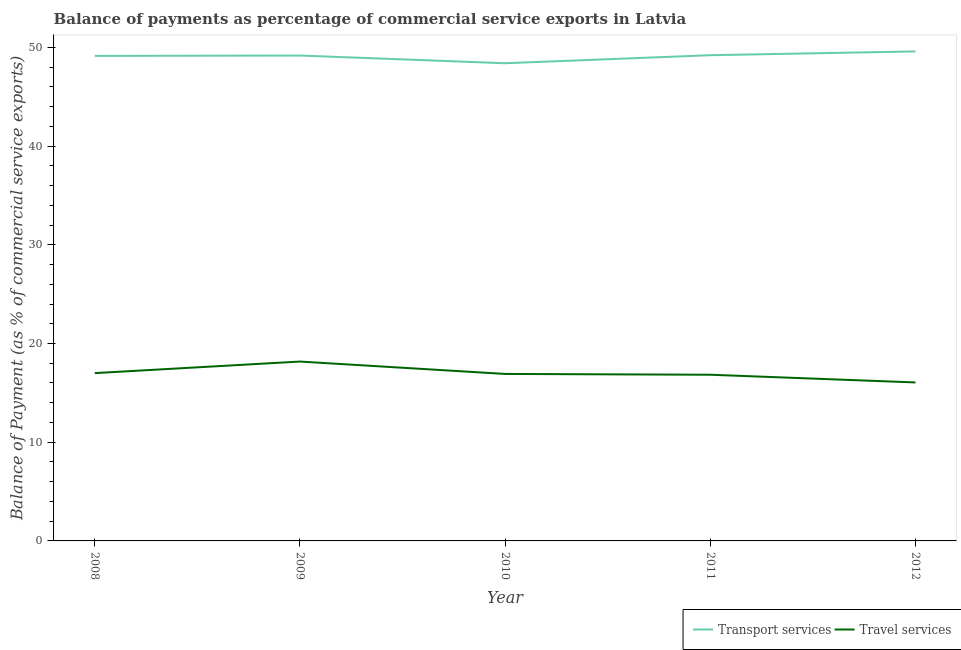
| Year | Transport services | Travel services |
 | --- | --- | --- |
 | 2008 | 49.1 | 17 |
 | 2009 | 49.2 | 18.2 |
 | 2010 | 48.4 | 16.9 |
 | 2011 | 49.2 | 16.8 |
 | 2012 | 49.6 | 16.1 |